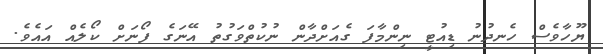
ޔޫހާވެސް ހެނދުނު ޑިއުޓީ ނިންމާފަ ގެއަށްދާން ނުކުތްވަގުތު އޭނަގެ ފޯނަށް ކޯލެއް އައެވެ.